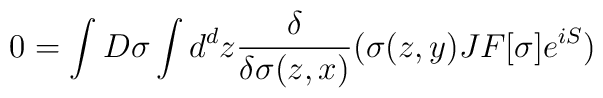
0=\int D\sigma \int d^{d}z {\delta\over\delta\sigma (z,x)}(\sigma (z,y) J F[\sigma ]e^{iS})